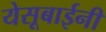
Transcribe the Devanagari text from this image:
येसूबाईनी